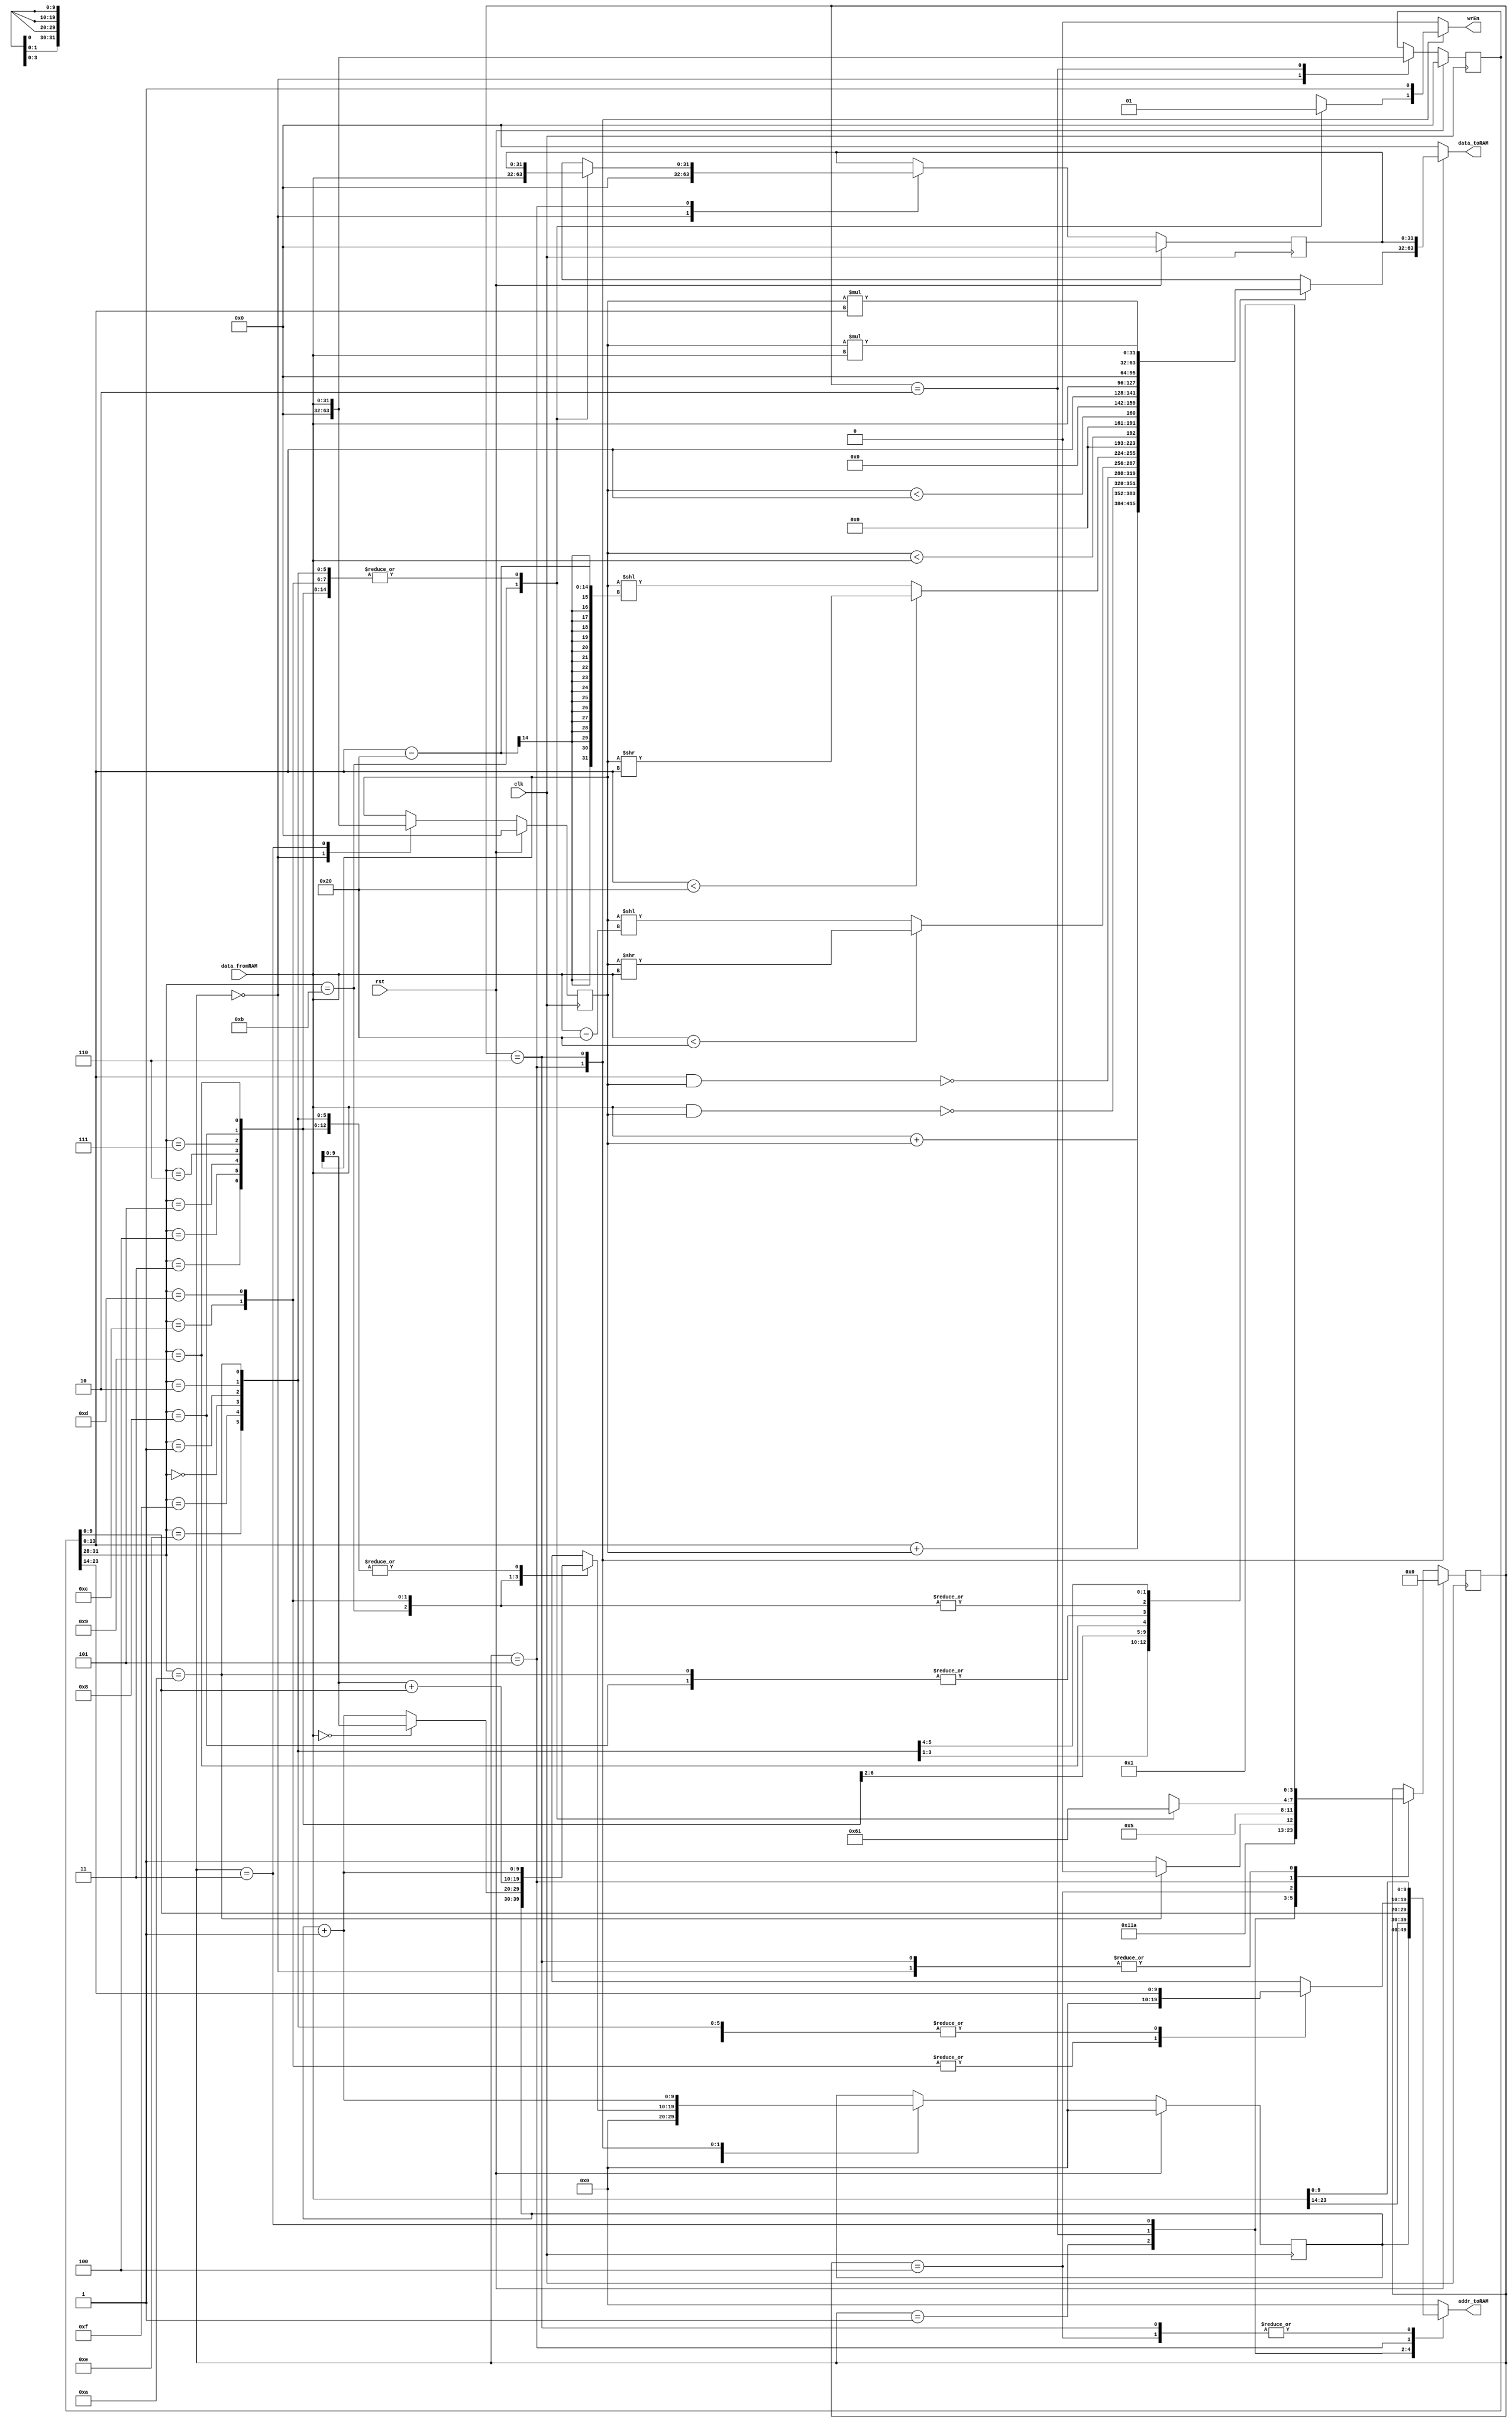

module SimpleCPU(clk, rst, data_fromRAM, wrEn, addr_toRAM, data_toRAM);

parameter SIZE = 10;

input clk, rst;
input wire [31:0] data_fromRAM;
output reg wrEn;
output reg [SIZE-1:0] addr_toRAM;
output reg [31:0] data_toRAM;

//////////////////////////
// write your design here
reg [3:0] state_current, state_next;
reg [SIZE-1:0] pc_current, pc_next;
reg [31:0] iw_current, iw_next;
reg [31:0] r1_current, r1_next;
reg [31:0] r2_current, r2_next;

//////////////////////////
always@(posedge clk)begin
	if(rst)begin
		state_current  <=0;
		pc_current 		<=10'b0;
		iw_current		<=32'b0;
		r1_current		<=32'b0;
		r2_current		<=32'b0;
	end
	else begin
		state_current  <=state_next;
		pc_current 		<=pc_next;
		iw_current		<=iw_next;
		r1_current		<=r1_next;
		r2_current		<=r2_next;
	end
end
always@(*)begin
	state_next	=state_current;
	pc_next		=pc_current;
	iw_next		=iw_current;
	r1_next		=r1_current;
	r2_next		=r2_current;
	wrEn			=0;
	addr_toRAM	=0;
	data_toRAM	=0;
	
	case(state_current)
		//state:reset
		0:begin
			pc_next		=0;
			iw_next		=0;
			r1_next		=0;
			r2_next		=0;
			state_next	=1;
		end
		1:begin
			addr_toRAM	=pc_current;
			state_next	=2;
		end
		2:begin
			iw_next	=data_fromRAM; 
			addr_toRAM	= data_fromRAM[27:14];
			state_next	=3; 
		end
		3:begin
			r1_next		=data_fromRAM;
			addr_toRAM	=iw_current[13:0];
			
			if(iw_current[31:28] == {3'b101,1'b0})  //CPI
				state_next	=4;
			else
				state_next =5;
		end
		4:begin
			addr_toRAM	=data_fromRAM;
			state_next	=5;
		
		end
		5:begin
			case(iw_current[31:28])
				{3'b000,1'b0}:begin                 //ADD
					wrEn			=1;
					addr_toRAM	=iw_current[27:14];
					data_toRAM	=data_fromRAM + r1_current;
					pc_next		=pc_current+1'b1;
					state_next	=1;
				end
				{3'b000,1'b1}:begin                 //ADDi
					wrEn			=1;
					addr_toRAM	=iw_current[27:14];
					data_toRAM	=iw_current[13:0] + r1_current;
					pc_next		=pc_current+1'b1;
					state_next	=1;
				end
				{3'b001,1'b0}:begin                 //NAND
					wrEn			=1;
					addr_toRAM	=iw_current[27:14];
					data_toRAM	=~(data_fromRAM & r1_current);
					pc_next		=pc_current+1'b1;
					state_next	=1;
				end
				{3'b001,1'b1}:begin                 //NANDi
					wrEn			=1;
					addr_toRAM	=iw_current[27:14];
					data_toRAM	=~(iw_current[13:0] & r1_current);
					pc_next		=pc_current+1'b1;
					state_next	=1;
				end
				{3'b010,1'b0}:begin                 //SRL
					wrEn			=1;
					addr_toRAM	=iw_current[27:14];
					data_toRAM	=((data_fromRAM) < 32) ? ((r1_current) >> (data_fromRAM)) : ((r1_current) << ((data_fromRAM) - 32));
					pc_next		=pc_current+1'b1;
					state_next	=1;
				end
				{3'b010,1'b1}:begin                 //SRLi
					wrEn			=1;
					addr_toRAM	=iw_current[27:14];
					data_toRAM	=((iw_current[13:0]) < 32) ? ((r1_current) >> (iw_current[13:0])) : ((r1_current) << ((iw_current[13:0]) - 32));
					pc_next		=pc_current+1'b1;
					state_next	=1;
				end
				{3'b011,1'b0}:begin                 //LT
					wrEn			=1;
					addr_toRAM	=iw_current[27:14];
					data_toRAM	=((r1_current) < (data_fromRAM));
					pc_next		=pc_current+1'b1;
					state_next	=1;
				end
				{3'b011,1'b1}:begin                 //LTi
					wrEn			=1;
					addr_toRAM	=iw_current[27:14];
					data_toRAM	=((r1_current) < (iw_current[13:0]));
					pc_next		=pc_current+1'b1;
					state_next	=1;
				end
				{3'b100,1'b0}:begin                 //CP
					wrEn			=1;
					addr_toRAM	=iw_current[27:14];
					data_toRAM	=data_fromRAM;
					pc_next		=pc_current+1'b1;
					state_next	=1;
				end
				{3'b100,1'b1}:begin                 //CPi
					wrEn			=1;
					addr_toRAM	=iw_current[27:14];
					data_toRAM	=iw_current[13:0];
					pc_next		=pc_current+1'b1;
					state_next	=1;
				end
				{3'b101,1'b0}:begin                 //CPI
					wrEn			=1;
					addr_toRAM	=iw_current[27:14];
					data_toRAM	=data_fromRAM;
					pc_next		=pc_current+1'b1;
					state_next	=1;
				end
				{3'b101,1'b1}:begin                 //CPIi
					r2_next	=data_fromRAM;
					addr_toRAM	=iw_current[27:14];
					pc_next	=pc_current;
					state_next	=6;
				end
				{3'b110,1'b0}:begin                 //BJZ
					wrEn			=1;
					pc_next		=(data_fromRAM == 0) ? (r1_current) : (pc_current+1'b1);
					state_next	=1;
				end
				{3'b110,1'b1}:begin                 //BJZi
					wrEn			=1;
					pc_next	=(r1_current) + iw_current[13:0];
					state_next	=1;
				end
				{3'b111,1'b0}:begin                 //MUL
					wrEn			=1;
					addr_toRAM	=iw_current[27:14];
					data_toRAM	=(r1_current) * (data_fromRAM);
					pc_next		=pc_current+1'b1;
					state_next	=1;
				end
				{3'b111,1'b1}:begin                 //MULi
					wrEn			=1;
					addr_toRAM	=iw_current[27:14];
					data_toRAM	=(r1_current) * (iw_current[13:0]);
					pc_next		=pc_current+1'b1;
					state_next	=1;
				end
			endcase
		end
		6:begin                 //CPIi
			wrEn			=1;
			addr_toRAM	=data_fromRAM;		
			data_toRAM	=r2_current;
			pc_next		=pc_current+1'b1;
			state_next	=1;
		end
	endcase
end

endmodule

module blram(clk, rst, i_we, i_addr, i_ram_data_in, o_ram_data_out);

parameter SIZE = 10, DEPTH = 1024;

input clk;
input rst;
input i_we;
input [SIZE-1:0] i_addr;
input [31:0] i_ram_data_in;
output reg [31:0] o_ram_data_out;

reg [31:0] memory[0:DEPTH-1];

always @(posedge clk) begin
  o_ram_data_out <= #1 memory[i_addr[SIZE-1:0]];
  if (i_we)
		memory[i_addr[SIZE-1:0]] <= #1 i_ram_data_in;
end 

initial begin
//////////////////////////
// write BRAM content here
	memory[0] = 32'h20114045;
	memory[1] = 32'h10114001;
	memory[2] = 32'hb0118064;
	memory[3] = 32'h190045;
	memory[4] = 32'h8011c064;
	memory[5] = 32'h7011c001;
	memory[6] = 32'h10118001;
	memory[7] = 32'hc0120047;
	memory[8] = 32'h118045;
	memory[9] = 32'ha0128046;
	memory[10] = 32'h8012c046;
	memory[11] = 32'h12c045;
	memory[12] = 32'ha013004b;
	memory[13] = 32'he013004a;
	memory[14] = 32'h8012804c;
	memory[15] = 32'h8013404b;
	memory[16] = 32'h701343e9;
	memory[17] = 32'hc012404d;
	memory[18] = 32'h8019404c;
	memory[19] = 32'hd0050013;
	memory[20] = 32'h0;
	memory[69] = 32'h1;
	memory[70] = 32'h3e8;
	memory[72] = 32'h2;
	memory[73] = 32'hb;
	memory[100] = 32'h6;
	memory[101] = 32'h0;
	memory[999] = 32'h1;

//////////////////////////
end

endmodule